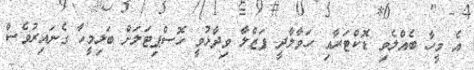
އެ މީހާ ބެއްލެވި ޑޮކްޓަރާއި ހަވާލާދީ ފަޒްލާ ވިދާޅުވީ ހޮސްޕިޓަލަށް ބަލިމީހާ ގެނައިރުވެސް